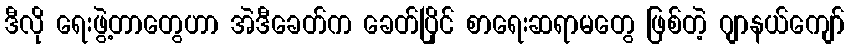
ဒီလို ရေးဖွဲ့တာတွေဟာ အဲဒီခေတ်က ခေတ်ပြိုင် စာရေးဆရာမတွေ ဖြစ်တဲ့ ဂျာနယ်ကျော်